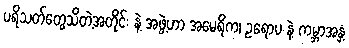
ပရိသတ်တွေသိတဲ့အတိုင်း နဲ့ အဖွဲ့ဟာ အမေရိက၊ ဥရောပ နဲ့ ကမ္ဘာအနှံ့